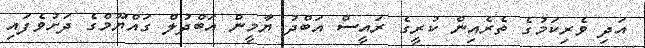
އަދި ވެރިކަމުގެ ތެރެއިން ކުރީގެ ރައީސް އަބްދު ޔާމީން އަބްދުލް ގައްޔޫމްގެ ދަށުވެފައި